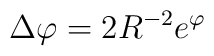
\Delta\varphi=2R^{-2}e^{\varphi}